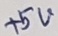
Text: +5V